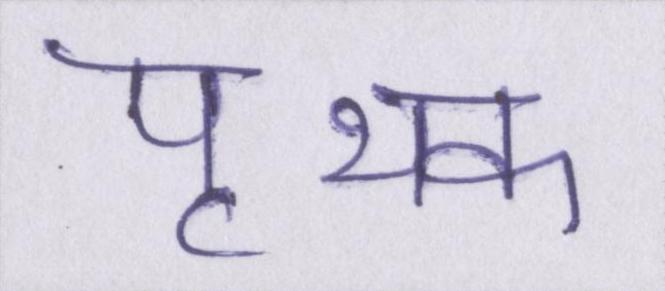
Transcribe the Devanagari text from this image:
पृथक